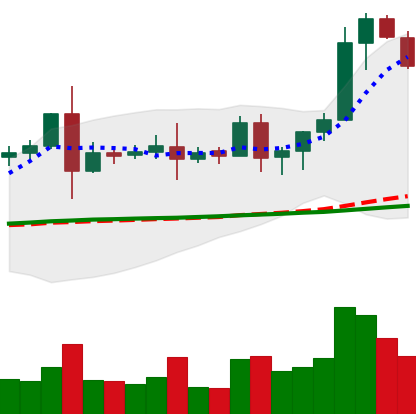
Ticker: EOS-USD
Chart end date: 2020-08-18
Forward return: -7.339%
Label: down_7plus